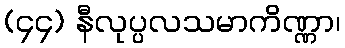
(၄၄) နီလုပ္ပလသမာကိဏ္ဏာ၊